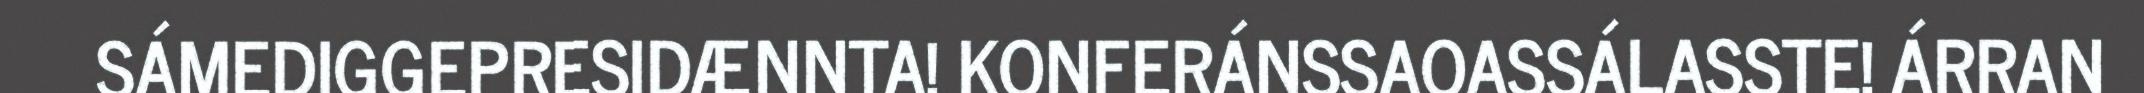
SÁMEDIGGEPRESIDÆNNTA! KONFERÁNSSAOASSÁLASSTE! ÁRRAN